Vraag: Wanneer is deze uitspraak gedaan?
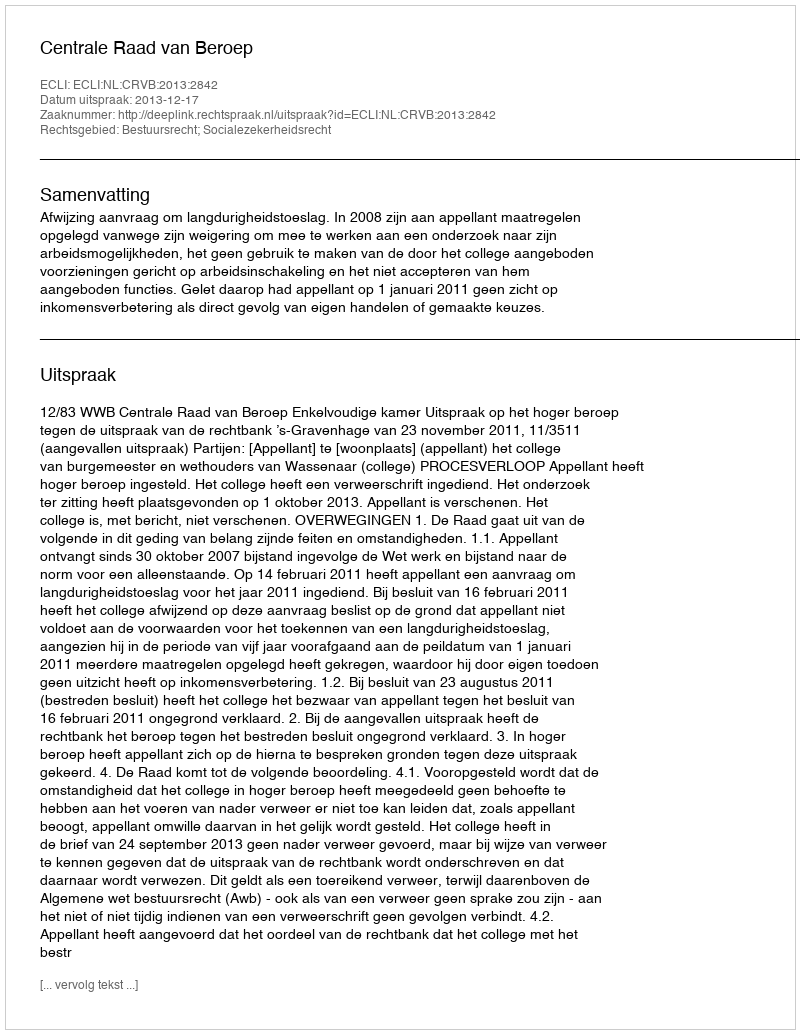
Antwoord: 2013-12-17